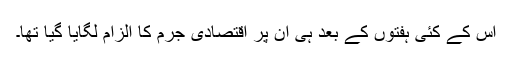
اس کے کئی ہفتوں کے بعد ہی ان پر اقتصادی جرم کا الزام لگايا گيا تھا۔